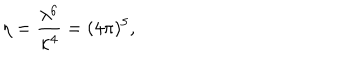
LaTeX: \eta = { \frac { \lambda ^ { 6 } } { \kappa ^ { 4 } } } = ( 4 \pi ) ^ { 5 } ,